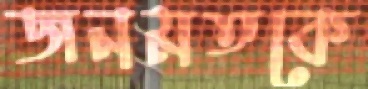
জনমতকে